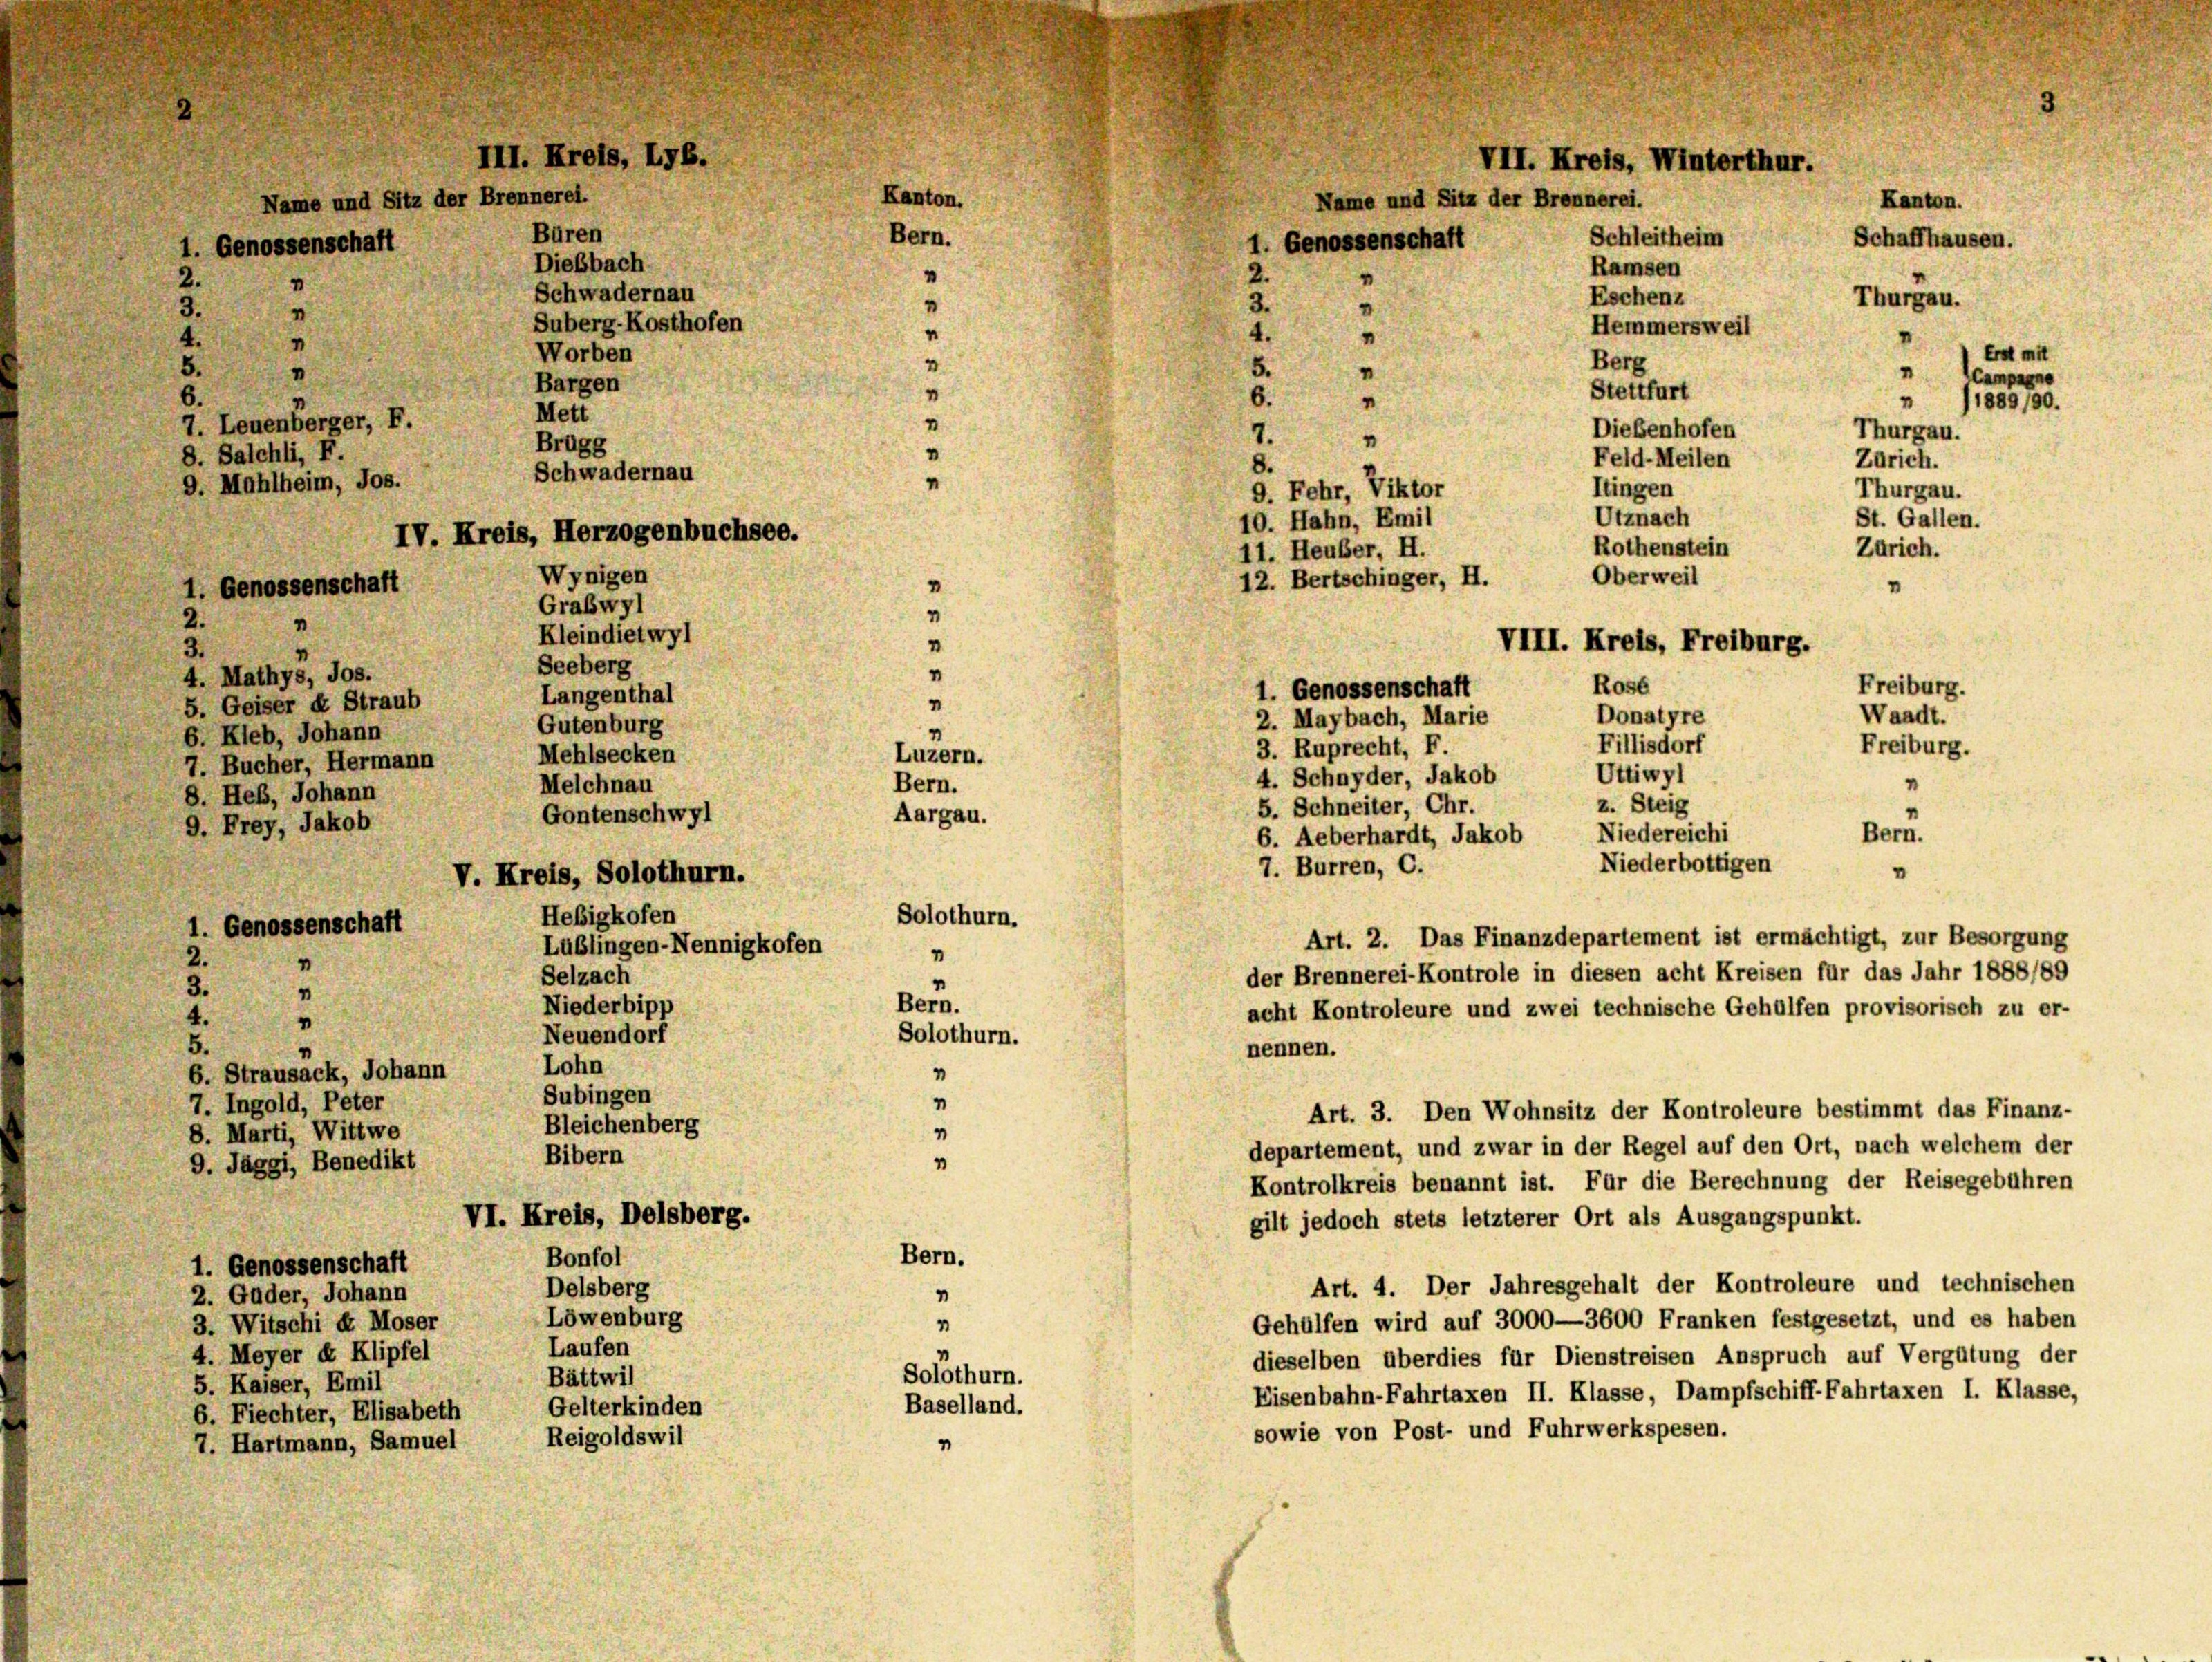
2.
"
5.
"
7. Leuenberger, F.
8. Salchli, F.
9. Mahlheim, Jos.
1. Genossenschaft
2.
"
3.
4
Seeberg
4. Mathys, Jos.
5. Geiser E Straub
6. Kleb, Johann
7. Bucher, Hermann
8. Heß, Johann
9. Frey, Jakob
1. Genossenschaft
2.
“
3.
“
4.
“
Lohn
6. Strausack, Johann

III. Kreis, LyB.
Name und Sitz der Brennerei.
Büren
1. Genossenschaft
Dießbach
n
Schwadernau
3.

Suberg-Kosthofen
Worben
Bargen
Mett
Brugg
Schwadernau

1. Genossenschaft
2.
"
4
3.
.
n
4.
"
“
5.
"
“
6.
“
7.
"
8.
9. Fehr, Viktor
10. Hahn, Emil
11. Heuber, H.
Wynigen
"
Graswyl
"
Kleindietwyl
"
“
Langenthal
"
Gutenburg
4
Luzern.
Mehlsecken
Bern.
Melchnau
Aargau.
Gontenschwyl
Niedereichi
Bern.
6. Aeberhardt, Jakob
Niederbottigen
7. Burren, C.
.
V. Kreis, Solothurn.
Hebigkofen
Solothurn.
Art. 2. Das Finanzdepartement ist ermächtigt, zur Besorgung
Lüblingen-Nennigkofen
1
der Brennerei-Kontrole in diesen acht Kreisen für das Jahr 1888/89
Selzach
s
Bern.
Niederbipp
acht Kontroleure und zwei technische Gehülfen provisorisch zu er-
Neuendorf
Solothurn.
nennen.
Subingen
Art. 3. Den Wohnsitz der Kontroleure bestimmt das Finanz-
Bleichenberg
departement, und zwar in der Regel auf den Ort, nach welchem der
Bibern
Kontrolkreis benannt ist. Für die Berechnung der Reisegebühren
VI. Kreis, Delsberg.
gilt jedoch stets letzterer Ort als Ausgangspunkt.
Bern.
Bonfol
Art. 4. Der Jahresgehalt der Kontroleure und technischen
Delsberg
“
Löwenburg
4
Gehülfen wird auf 3000—3600 Franken festgesetzt, und es haben
Laufen
dieselben überdies für Dienstreisen Anspruch auf Vergütung der
Solothurn.
Bättwil
Eisenbahn-Fahrtaxen II. Klasse, Dampfschiff-Fahrtaxen I. Klasse,
Baselland.
Gelterkinden
sowie von Post- und Fuhrwerkspesen.
Reigoldswil
4

IV. Kreis, Herzogenbuchsee.

Kanton.
Bern.

7. Ingold, Peter
8. Marti, Wittwe
9. Jäggi, Benedikt
1. Genossenschaft
2. Guder, Johann
3. Witschi d. Moser
4. Meyer & Klipfel
5. Kaiser, Emil
6. Fiechter, Elisabeth
7. Hartmann, Samuel

VII. Kreis, Winterthur.
Name und Sitz der Brennerei.
Kanton.

12. Bertschinger, H.

1. Genossenschaft
2. Maybach, Marie
3. Ruprecht, F.
4. Schnyder, Jakob
5. Schneiter, Chr.

Schleitheim
Schaffhausen.
Ramsen
Eschenz
Thurgau.
Hemmersweil
I
Era mit
Berg
 amen
Stettfurt
 1889/90.
Dießenhofen
Thurgau.
Feld-Meilen
Zürich.
ltingen
Thurgau.
Utznach
St. Gallen.
Rothenstein
Zürich.
Oberweil
"

VIII. Kreis, Freiburg.
Rosé
Freiburg.
Waadt.
Donatyre
Fillisdorf
Freiburg.
Uttiwyl
“
z. Steig
"